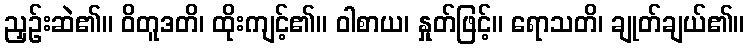
ညှဉ်းဆဲ၏။ ဝိတူဒတိ၊ ထိုးကျင့်၏။ ဝါစာယ၊ နှုတ်ဖြင့်။ ရောသတိ၊ ချုတ်ချယ်၏။